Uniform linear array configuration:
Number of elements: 12
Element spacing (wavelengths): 0.25
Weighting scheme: blackman
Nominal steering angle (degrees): -15
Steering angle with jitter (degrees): -13.936
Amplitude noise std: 0.05
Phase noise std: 0.05

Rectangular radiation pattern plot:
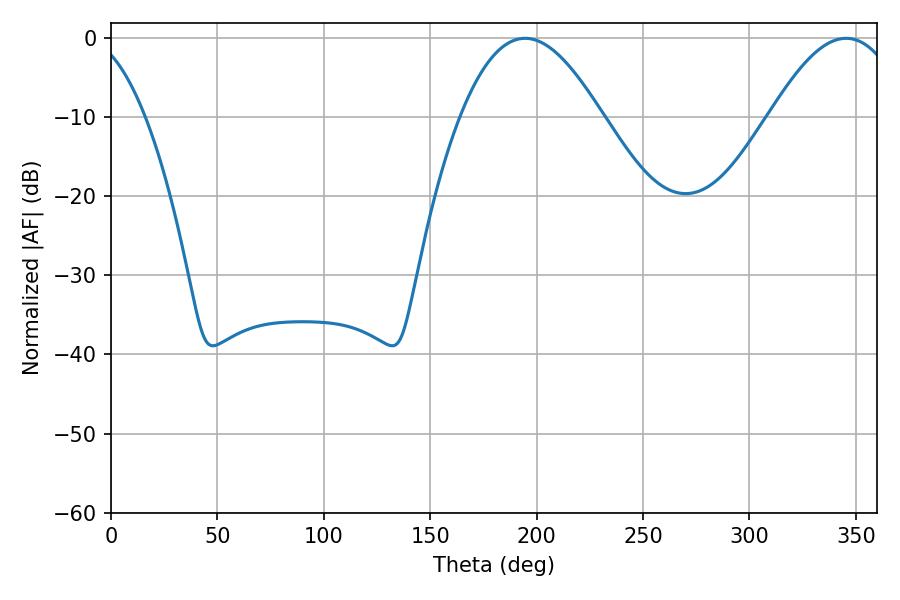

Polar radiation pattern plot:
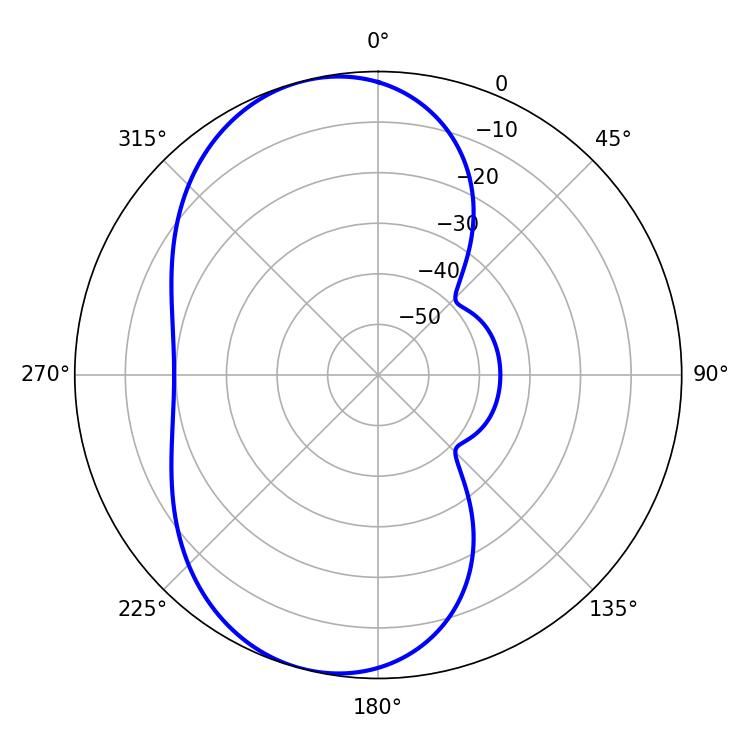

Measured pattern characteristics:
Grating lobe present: FALSE
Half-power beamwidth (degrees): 36.18
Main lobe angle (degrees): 194.58